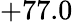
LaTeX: +77.0